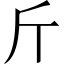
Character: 斤